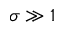
\sigma \gg 1